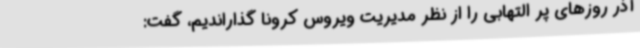
آذر روزهای پر التهابی را از نظر مدیریت ویروس کرونا گذاراندیم، گفت: